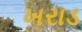
ખરાડ